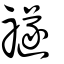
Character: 禭